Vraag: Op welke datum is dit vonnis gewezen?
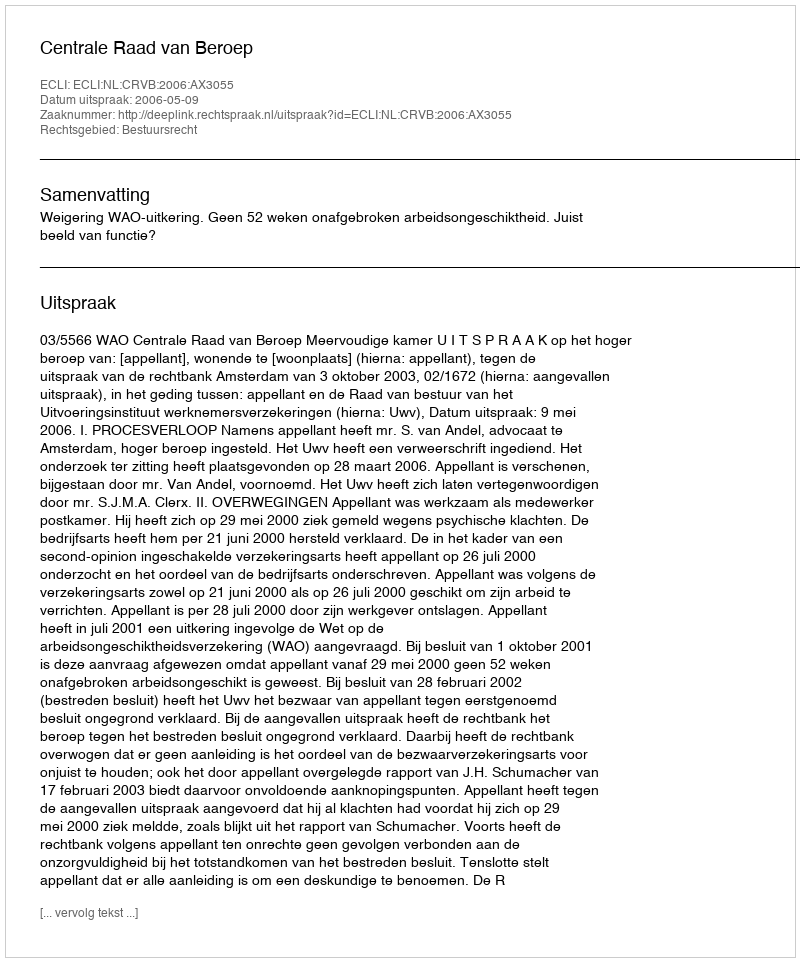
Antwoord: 2006-05-09